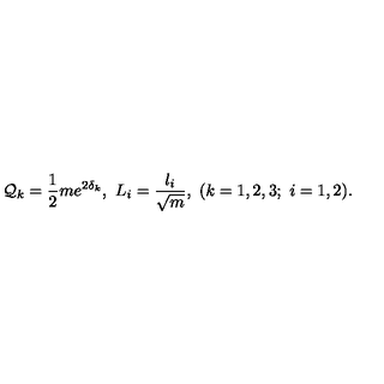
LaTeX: { \cal Q } _ { k } = { \frac { 1 } { 2 } } m e ^ { 2 \delta _ { k } } , \ L _ { i } = { \frac { l _ { i } } { \sqrt { m } } } , \ ( k = 1 , 2 , 3 ; \ i = 1 , 2 ) .